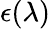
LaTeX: \epsilon(\lambda)